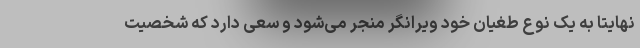
نهایتا به یک نوع طغیان خود ویرانگر منجر می‌شود و سعی دارد که شخصیت